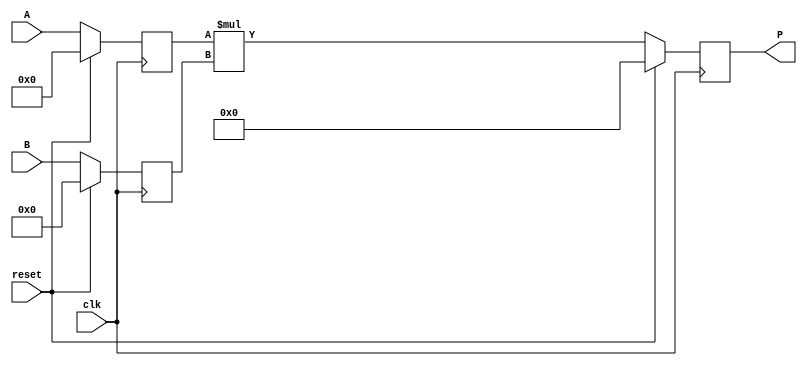
module dsp_mul_unsigned_reg_neg (clk, reset, A, B, P);
	input clk, reset;
	input  [19:0] A;
	input  [17:0] B;
	output reg  [37:0] P;
	reg  [19:0] i1;
	reg  [17:0] i2;
	reg  [37:0] mul;
	always @(negedge clk) begin
		if(reset == 1) begin
			i1 <= 0;
			i2 <= 0;
		end
		else begin
			i1 <= A;
			i2 <= B;
		end
	end
	always @(negedge clk) begin
		if (reset ==1 )
			P <= 0;
		else
			P<= mul;
	end

	always @ (*)  begin
		mul  = i1 * i2;
	end
endmodule